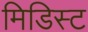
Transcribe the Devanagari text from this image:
मिडिस्ट